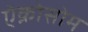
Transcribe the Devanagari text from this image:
ऐक्रोसोम